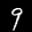
Label: 9